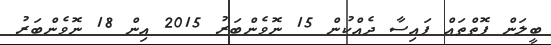
ބީލަން ފޮތްތައް ފައިސާ ދެއްކުން 15 ނޮވެންބަރު 2015 އިން 18 ނޮވެންބަރު